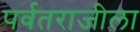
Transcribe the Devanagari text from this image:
पर्वतराजीला